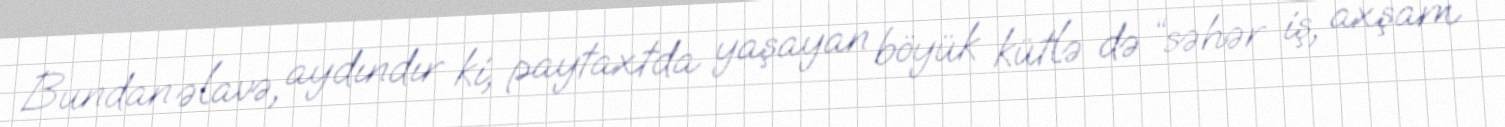
Bundan əlavə, aydındır ki, paytaxtda yaşayan böyük kütlə də “səhər iş, axşam